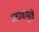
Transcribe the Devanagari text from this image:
उठावामुळे